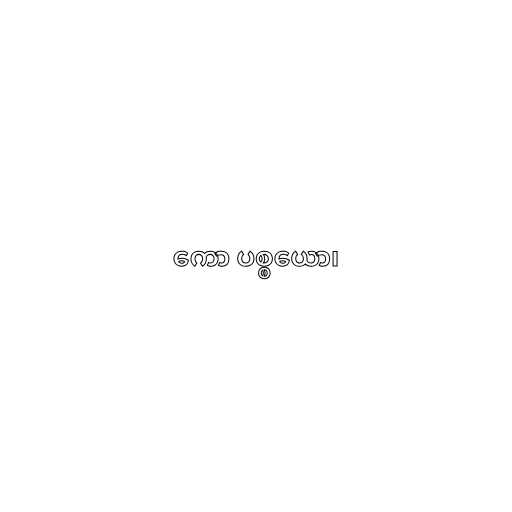
ကော ပစ္စယော၊